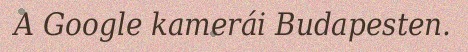
A Google kamerái Budapesten.